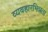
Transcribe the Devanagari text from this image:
व्यवहारभिन्नता